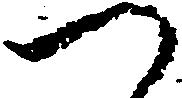
つ